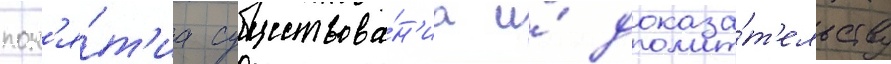
пон'я́т'иа существова́н'иа и́ доказа́т'ельству